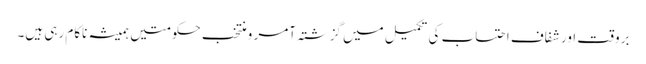
بروقت اور شفاف احتساب کی تکمیل میں گزشتہ آمر و منتخب حکومتیں ہمیشہ ناکام رہی ہیں۔